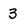
Character: 3